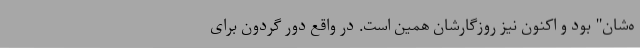
ه‌شان" بود و اکنون نیز روزگارشان همین است. در واقع دور گردون برای